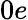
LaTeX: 0e